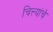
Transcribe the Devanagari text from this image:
चित्त्यांचे